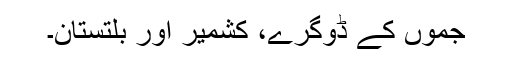
جموں کے ڈوگرے، کشمیر اور بلتستان۔